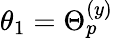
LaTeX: \theta_{1}=\Theta_{p}^{(y)}